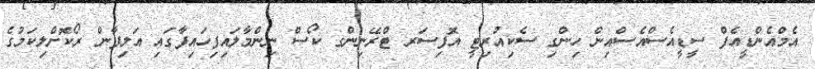
އެމްއެންޑީއެފް ސީޑީއެސްއެސްއިން ހިންގި ސެކިއުރިޓީ އޮފިސަރ ޓްރޭނިންގ ކޯސް ނިންމާލައިފިހައިފާގައި އަލިފާން ރޯކޮށްލިކަމުގެ